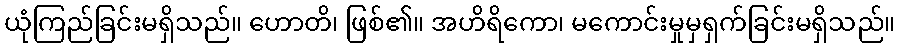
ယုံကြည်ခြင်းမရှိသည်။ ဟောတိ၊ ဖြစ်၏။ အဟိရိကော၊ မကောင်းမှုမှရှက်ခြင်းမရှိသည်။